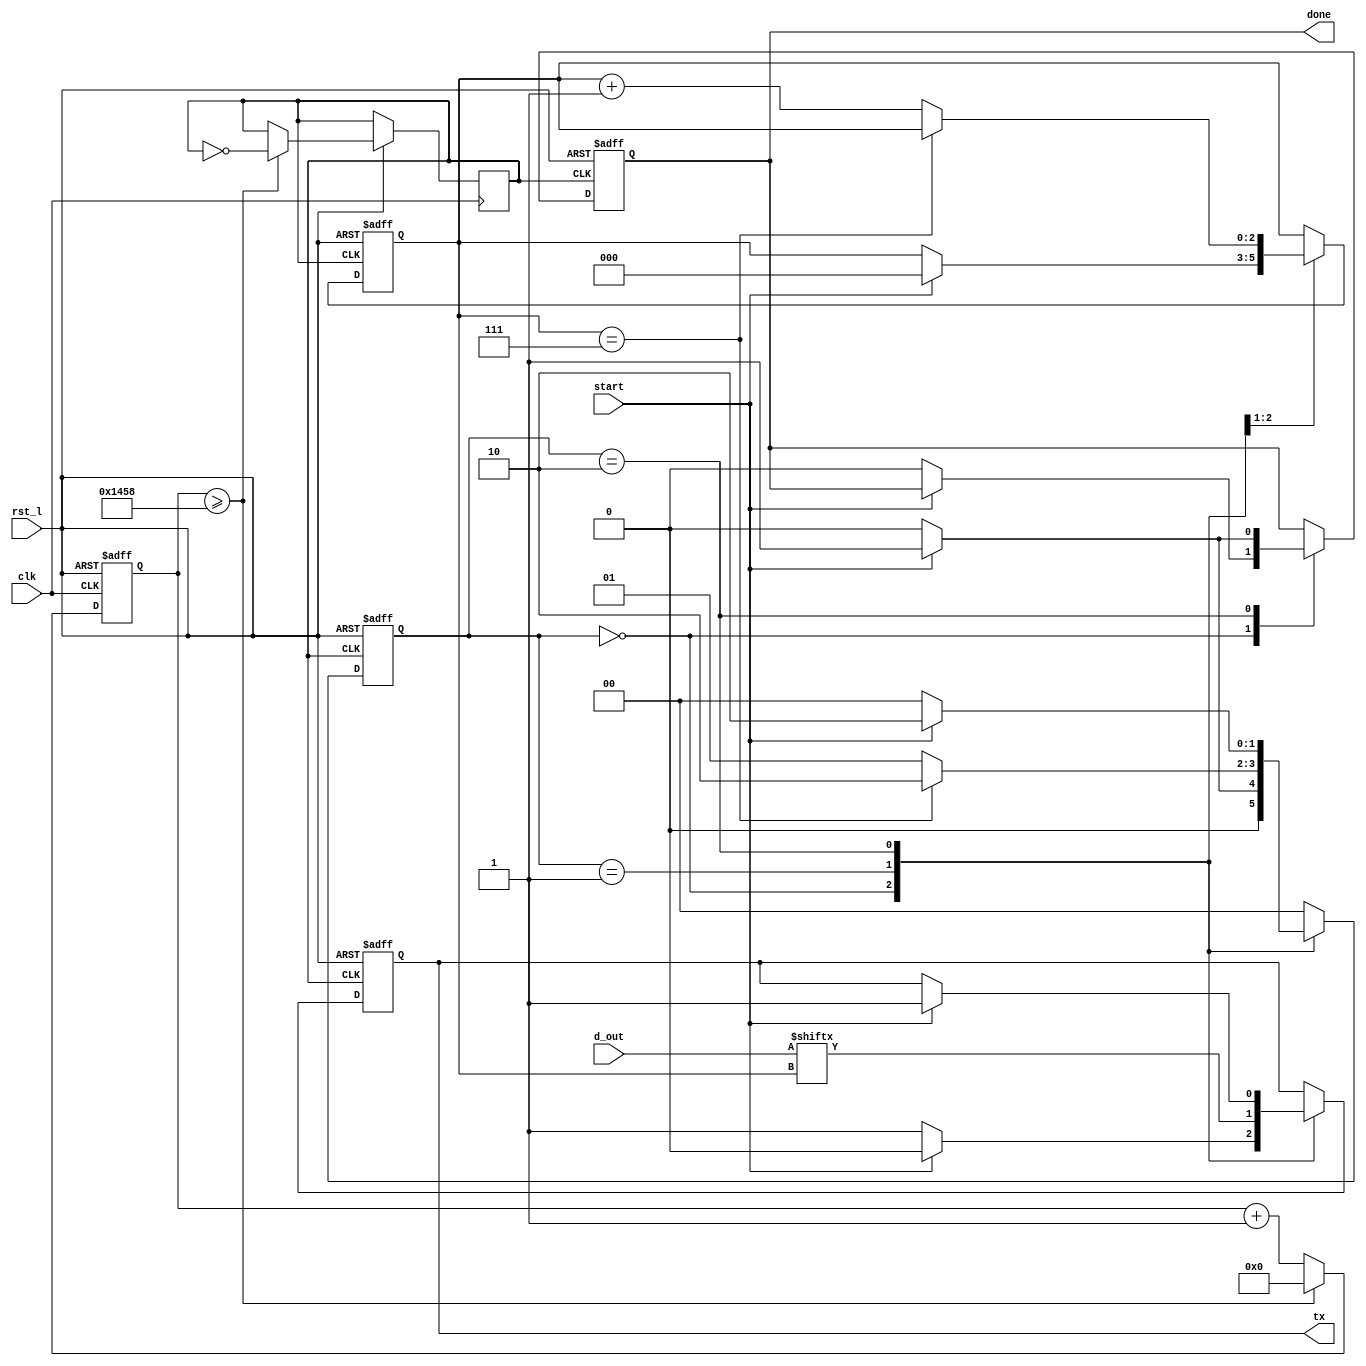
`timescale 1ns/1ps

module uart_tx #(parameter N = 8, baud = 9600)
   (
    input clk,
    input start,
    input rst_l,
    input [N-1:0] d_out,
    output reg done,
    output reg tx
    );
   //State Machine Signals
   reg [1:0] state;
   reg [2:0] bit_index;

   //Clock Divider Signals
   reg 	     clk_div;
   reg [31:0] clk_count;
   integer   refresh;

   //State Parameters
   localparam WAIT = 0;
   localparam SEND = 1;
   localparam STOP = 2;

   //INITIALIZE SIGNALS
   initial begin
      done = 0;
      tx = 1;
      state = WAIT;
      bit_index = 0;
      clk_div = 0;
      clk_count = 0;
      refresh = 100_000_000/(2*baud);
   end

   //CLOCK DIVIDER
   always @(posedge clk, negedge rst_l) begin
      if(!rst_l) begin
	 clk_count <= 0;
      end
      else begin 
	if(clk_count >= refresh) begin
	 clk_div <= ~clk_div;
	 clk_count <= 0;
	end
	else
	  clk_count <= clk_count + 1;
      end // else: !if(!rst_l)
   end // always @ (posedge clk, negedge rst_l)

   //STATE MACHINE
   always @(posedge clk_div, negedge rst_l) begin
      if(!rst_l) begin
	 tx <= 1;
	 done <= 0;
	 bit_index <= 0;
	 state <= WAIT;
      end
      else begin
	 case(state)
	   WAIT: begin
	      if(start) begin
		 tx <= 0;
		 bit_index <= 0;
		 state <= SEND;
	      end
	      else begin
		 state <= WAIT;
		 tx <= 1;
		 done <= 0;
	      end
	   end // case: WAIT
	   SEND: begin
	      if(bit_index == (N-1)) begin
		 tx <= d_out[bit_index];
		 state <= STOP;
	      end
	      else begin
		 tx <= d_out[bit_index];
		 bit_index <= bit_index + 1;
		 state <= SEND;
	      end
	   end // case: SEND
	   STOP: begin
	      if(start) begin
		 done <= 1;
		 tx <= 1;
		 state <= STOP;
	      end
	      else begin
		 done <= 0;
		 state <= WAIT;
	      end
	   end // case: STOP
	   default: begin
	      state <= WAIT;
	   end
	 endcase // case (state)
      end // else: !if(!rst_l)
   end // always @ (posedge clk_div, negedge rst_l)
endmodule // uart_tx